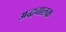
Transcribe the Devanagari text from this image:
अद्धचालक